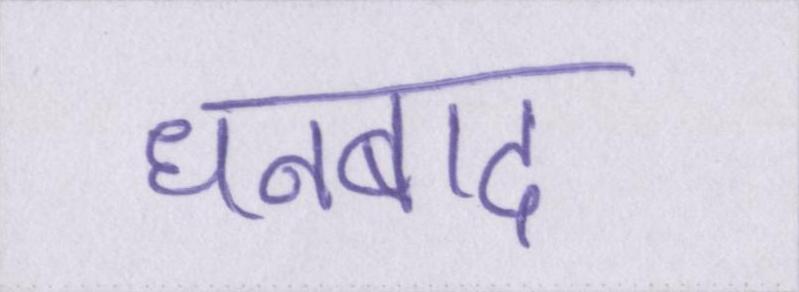
धनबाद